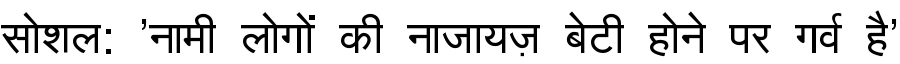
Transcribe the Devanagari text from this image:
सोशल: 'नामी लोगों की नाजायज़ बेटी होने पर गर्व है'